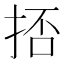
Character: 㧵